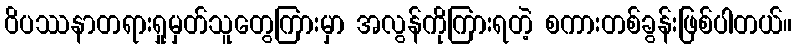
ဝိပဿနာတရားရှုမှတ်သူတွေကြားမှာ အလွန်ကိုကြားရတဲ့ စကားတစ်ခွန်းဖြစ်ပါတယ်။